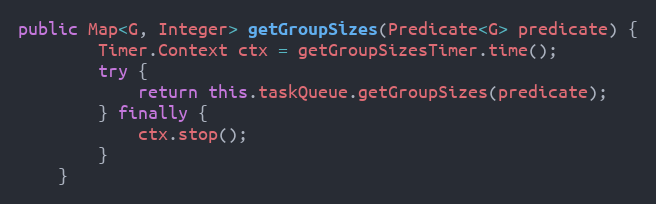
Language: Java
public Map<G, Integer> getGroupSizes(Predicate<G> predicate) {
        Timer.Context ctx = getGroupSizesTimer.time();
        try {
            return this.taskQueue.getGroupSizes(predicate);
        } finally {
            ctx.stop();
        }
    }